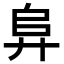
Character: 𭚖